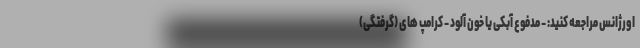
اورژانس مراجعه کنید: - مدفوع آبکی یا خون آلود - کرامپ های (گرفتگی)